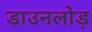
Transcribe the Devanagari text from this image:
डाउनलोड़